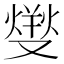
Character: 𤍛